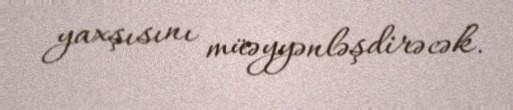
yaxşısını müəyyənləşdirəcək.